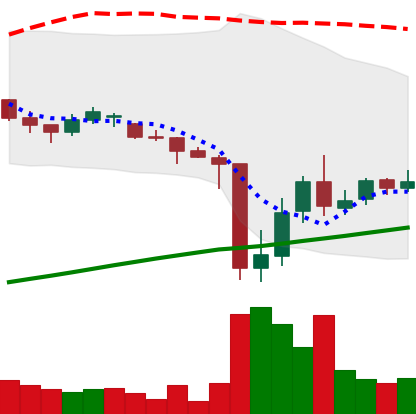
Ticker: DOGE-USD
Chart end date: 2021-06-29
Forward return: -6.198%
Label: down_5_7